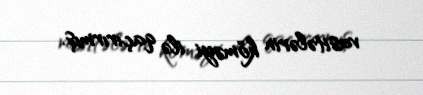
vasitələrin köməyi ilə qaçırırmış.